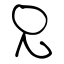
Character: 兄